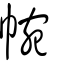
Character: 帵